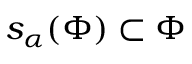
s _ { \alpha } ( \Phi ) \subset \Phi